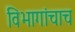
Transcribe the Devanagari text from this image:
विभागांचाच